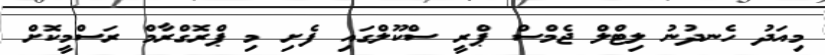
މިއަދު ހެނދުނު ލިޓްލް ޖެމްސް ޕްރީ ސްކޫލްގައި ފެށި މި ޕްރޮގްރާމް ރަސްމީކޮށް